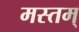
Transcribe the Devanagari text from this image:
मस्तम्